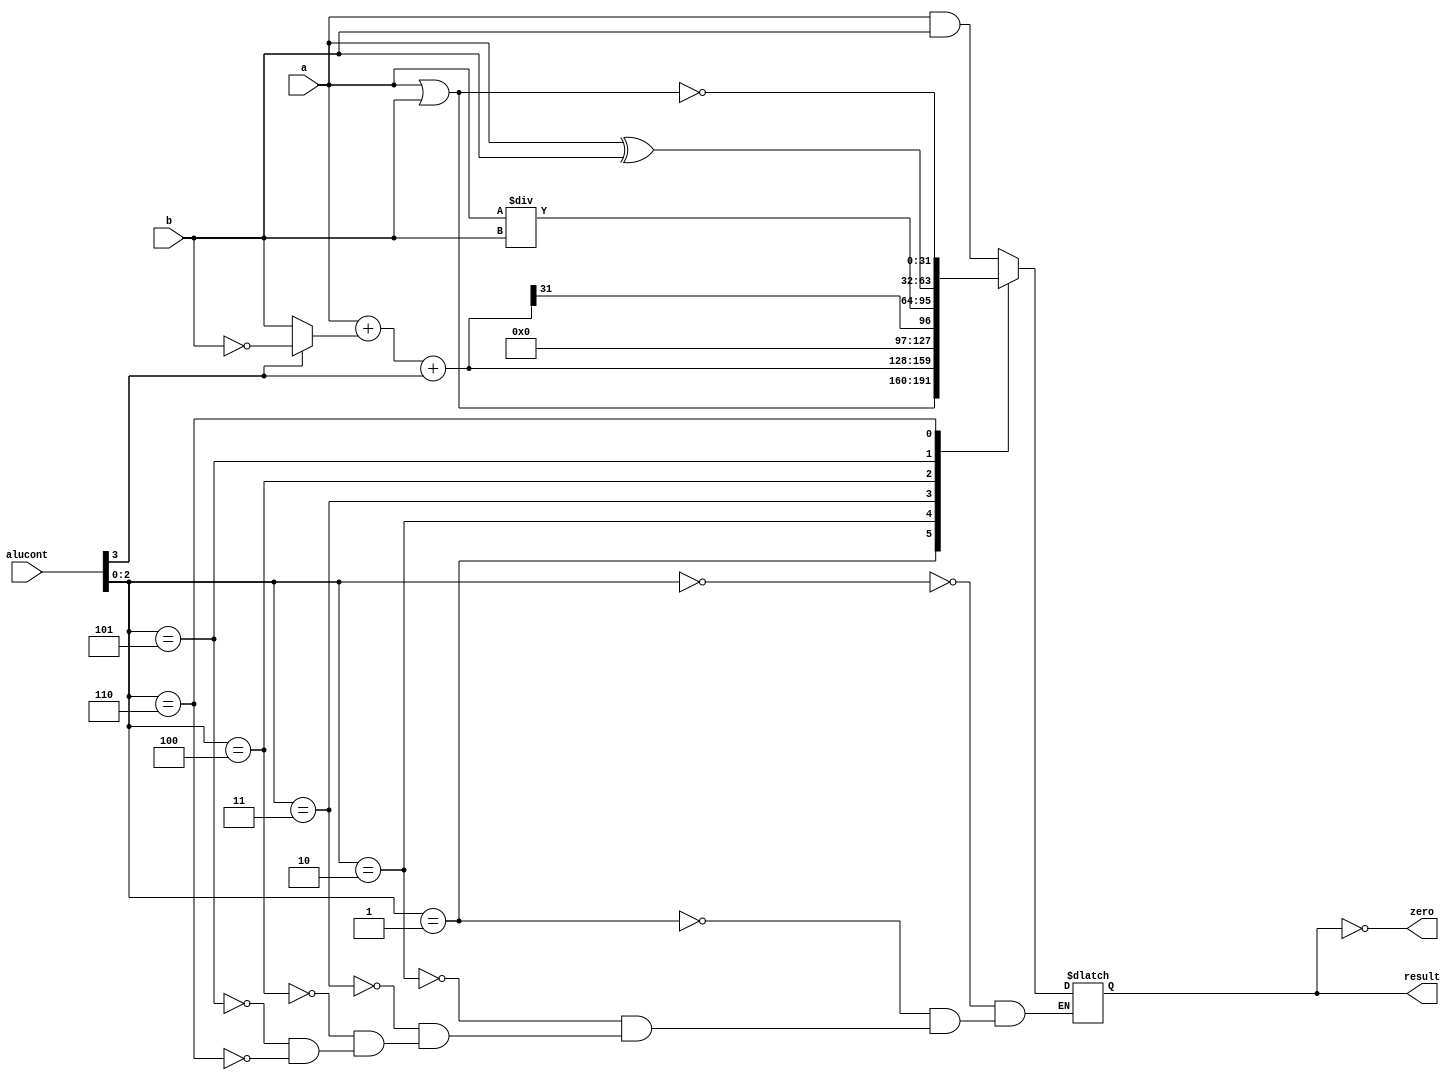
//------------------------------------------------
// mipsparts.v
// Components used in MIPS processor
//-------------------------         -----------------------

module alu(input      [31:0] a, b, 
           input      [3:0]  alucont, 
           output reg [31:0] result,
           output            zero);

  wire [31:0] b2, sum, slt, OR;

  assign b2 = alucont[3] ? ~b:b; 
  assign sum = a + b2 + alucont[3];
  assign slt = sum[31];
  assign OR = a | b;

  always@(*)
    case(alucont[2:0])
      3'b000: result <= a & b;
      3'b001: result <= OR;
      3'b010: result <= sum;
      3'b011: result <= slt;
      3'b100: result <= a / b; //div *
      3'b101: result <= a ^ b; //xor *
      3'b110: result <= ~OR; //nor *
    endcase

  assign zero = (result == 32'b0);
endmodule

module regfile(input         clk, 
               input         we3, 
               input  [4:0]  ra1, ra2, wa3, 
               input  [31:0] wd3, 
               output [31:0] rd1, rd2);

  reg [31:0] rf[31:0];

  // three ported register file
  // read two ports combinationally
  // write third port on rising edge of clock
  // register 0 hardwired to 0

  always @(posedge clk)
    if (we3) rf[wa3] <= wd3;	

  assign rd1 = (ra1 != 0) ? rf[ra1] : 0;
  assign rd2 = (ra2 != 0) ? rf[ra2] : 0;
endmodule

module adder(input [31:0] a, b,
             output [31:0] y);

  assign y = a + b;
endmodule

module sl2(input  [31:0] a,
           output [31:0] y);

  // shift left by 2
  assign y = {a[29:0], 2'b00};
endmodule

module signext(input  [15:0] a,
               output [31:0] y);
              
  assign y = {{16{a[15]}}, a};
endmodule

module flopr #(parameter WIDTH = 8)
              (input                  clk, reset,
               input      [WIDTH-1:0] d, 
               output reg [WIDTH-1:0] q);

  always @(posedge clk, posedge reset)
    if (reset) q <= 0;
    else       q <= d;
endmodule

module flopenr #(parameter WIDTH = 8)
                (input                  clk, reset,
                 input                  en,
                 input      [WIDTH-1:0] d, 
                 output reg [WIDTH-1:0] q);
 
  always @(posedge clk, posedge reset)
    if      (reset) q <= 0;
    else if (en)    q <= d;
endmodule

module mux2 #(parameter WIDTH = 8)
             (input  [WIDTH-1:0] d0, d1, 
              input              s, 
              output [WIDTH-1:0] y);

  assign y = s ? d1 : d0; 
endmodule